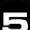
Digit: 5